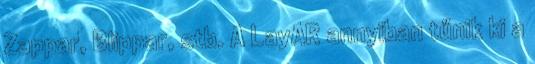
Zappar, Blippar, stb. A LayAR annyiban tűnik ki a